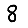
Digit: 8